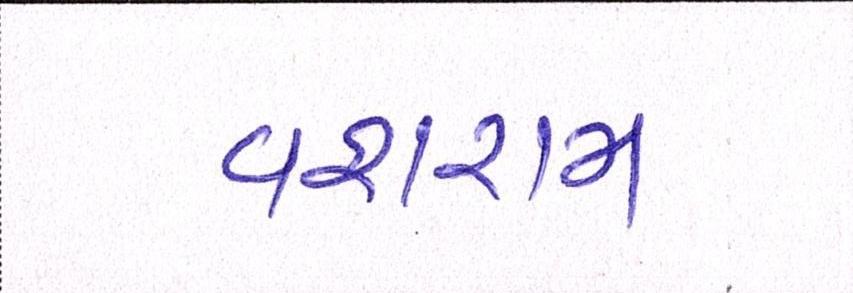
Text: વશરામ